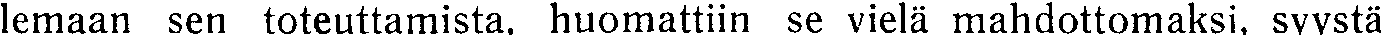
lemaan sen toteuttamista, huomattiin se vielä mahdottomaksi, syystä